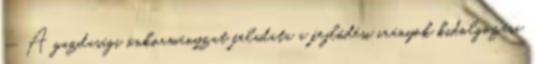
— A gazdasági önkormányzat feladata a fejlôdési irányok kidolgozása